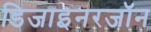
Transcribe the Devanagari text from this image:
डिजाइनरजॉन